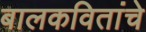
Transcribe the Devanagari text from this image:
बालकवितांचे